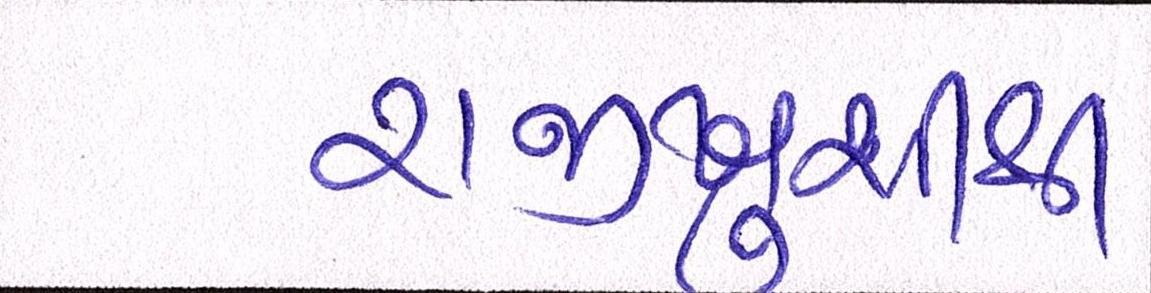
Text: રાજીખુશીથી